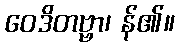
ဝေဒိတဗ္ဗာ၊ န်၏။